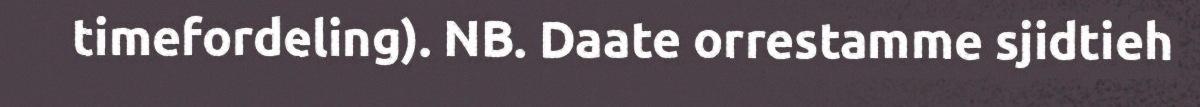
timefordeling). NB. Daate orrestamme sjidtieh